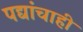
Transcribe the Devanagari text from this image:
पद्यांचाही